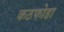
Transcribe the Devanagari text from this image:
कठफोडा